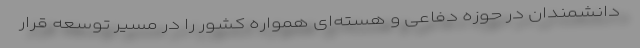
دانشمندان در حوزه دفاعی و هسته‌ای همواره کشور را در مسیر توسعه قرار